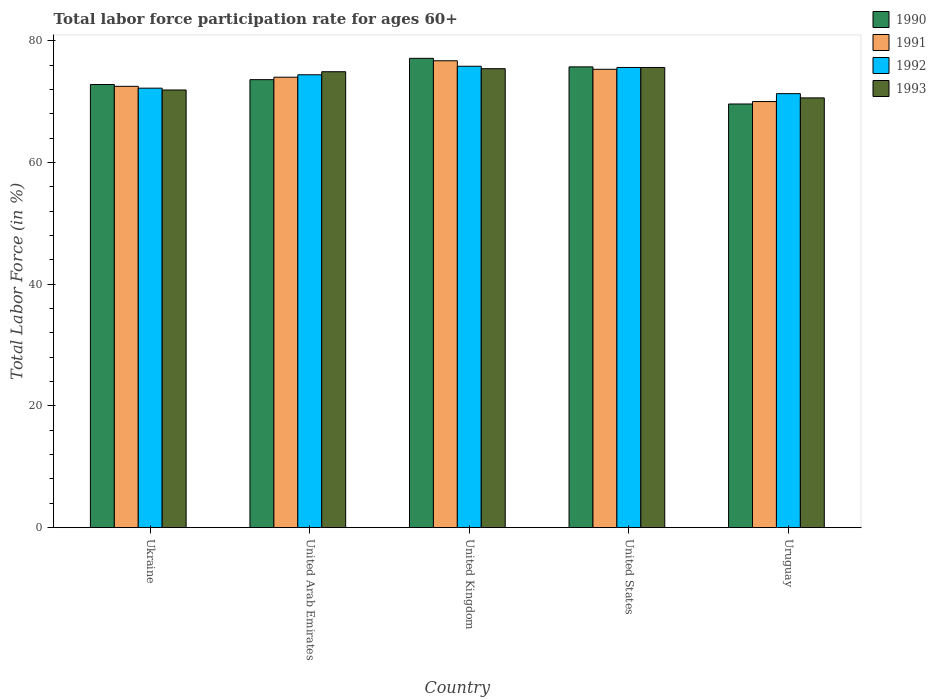
| Country | 1990 | 1991 | 1992 | 1993 |
 | --- | --- | --- | --- | --- |
 | Ukraine | 72.8 | 72.5 | 72.2 | 71.9 |
 | United Arab Emirates | 73.6 | 74 | 74.4 | 74.9 |
 | United Kingdom | 77.1 | 76.7 | 75.8 | 75.4 |
 | United States | 75.7 | 75.3 | 75.6 | 75.6 |
 | Uruguay | 69.6 | 70 | 71.3 | 70.6 |